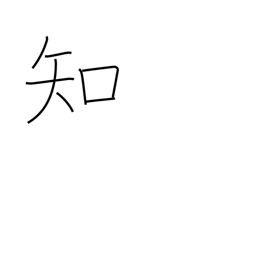
Meaning: know